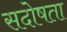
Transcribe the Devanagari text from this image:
सदोषता